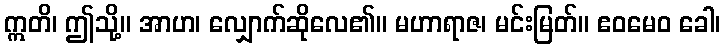
ဣတိ၊ ဤသို့။ အာဟ၊ လျှောက်ဆိုလေ၏။ မဟာရာဇ၊ မင်းမြတ်။ ဧဝမေဝ ခေါ၊